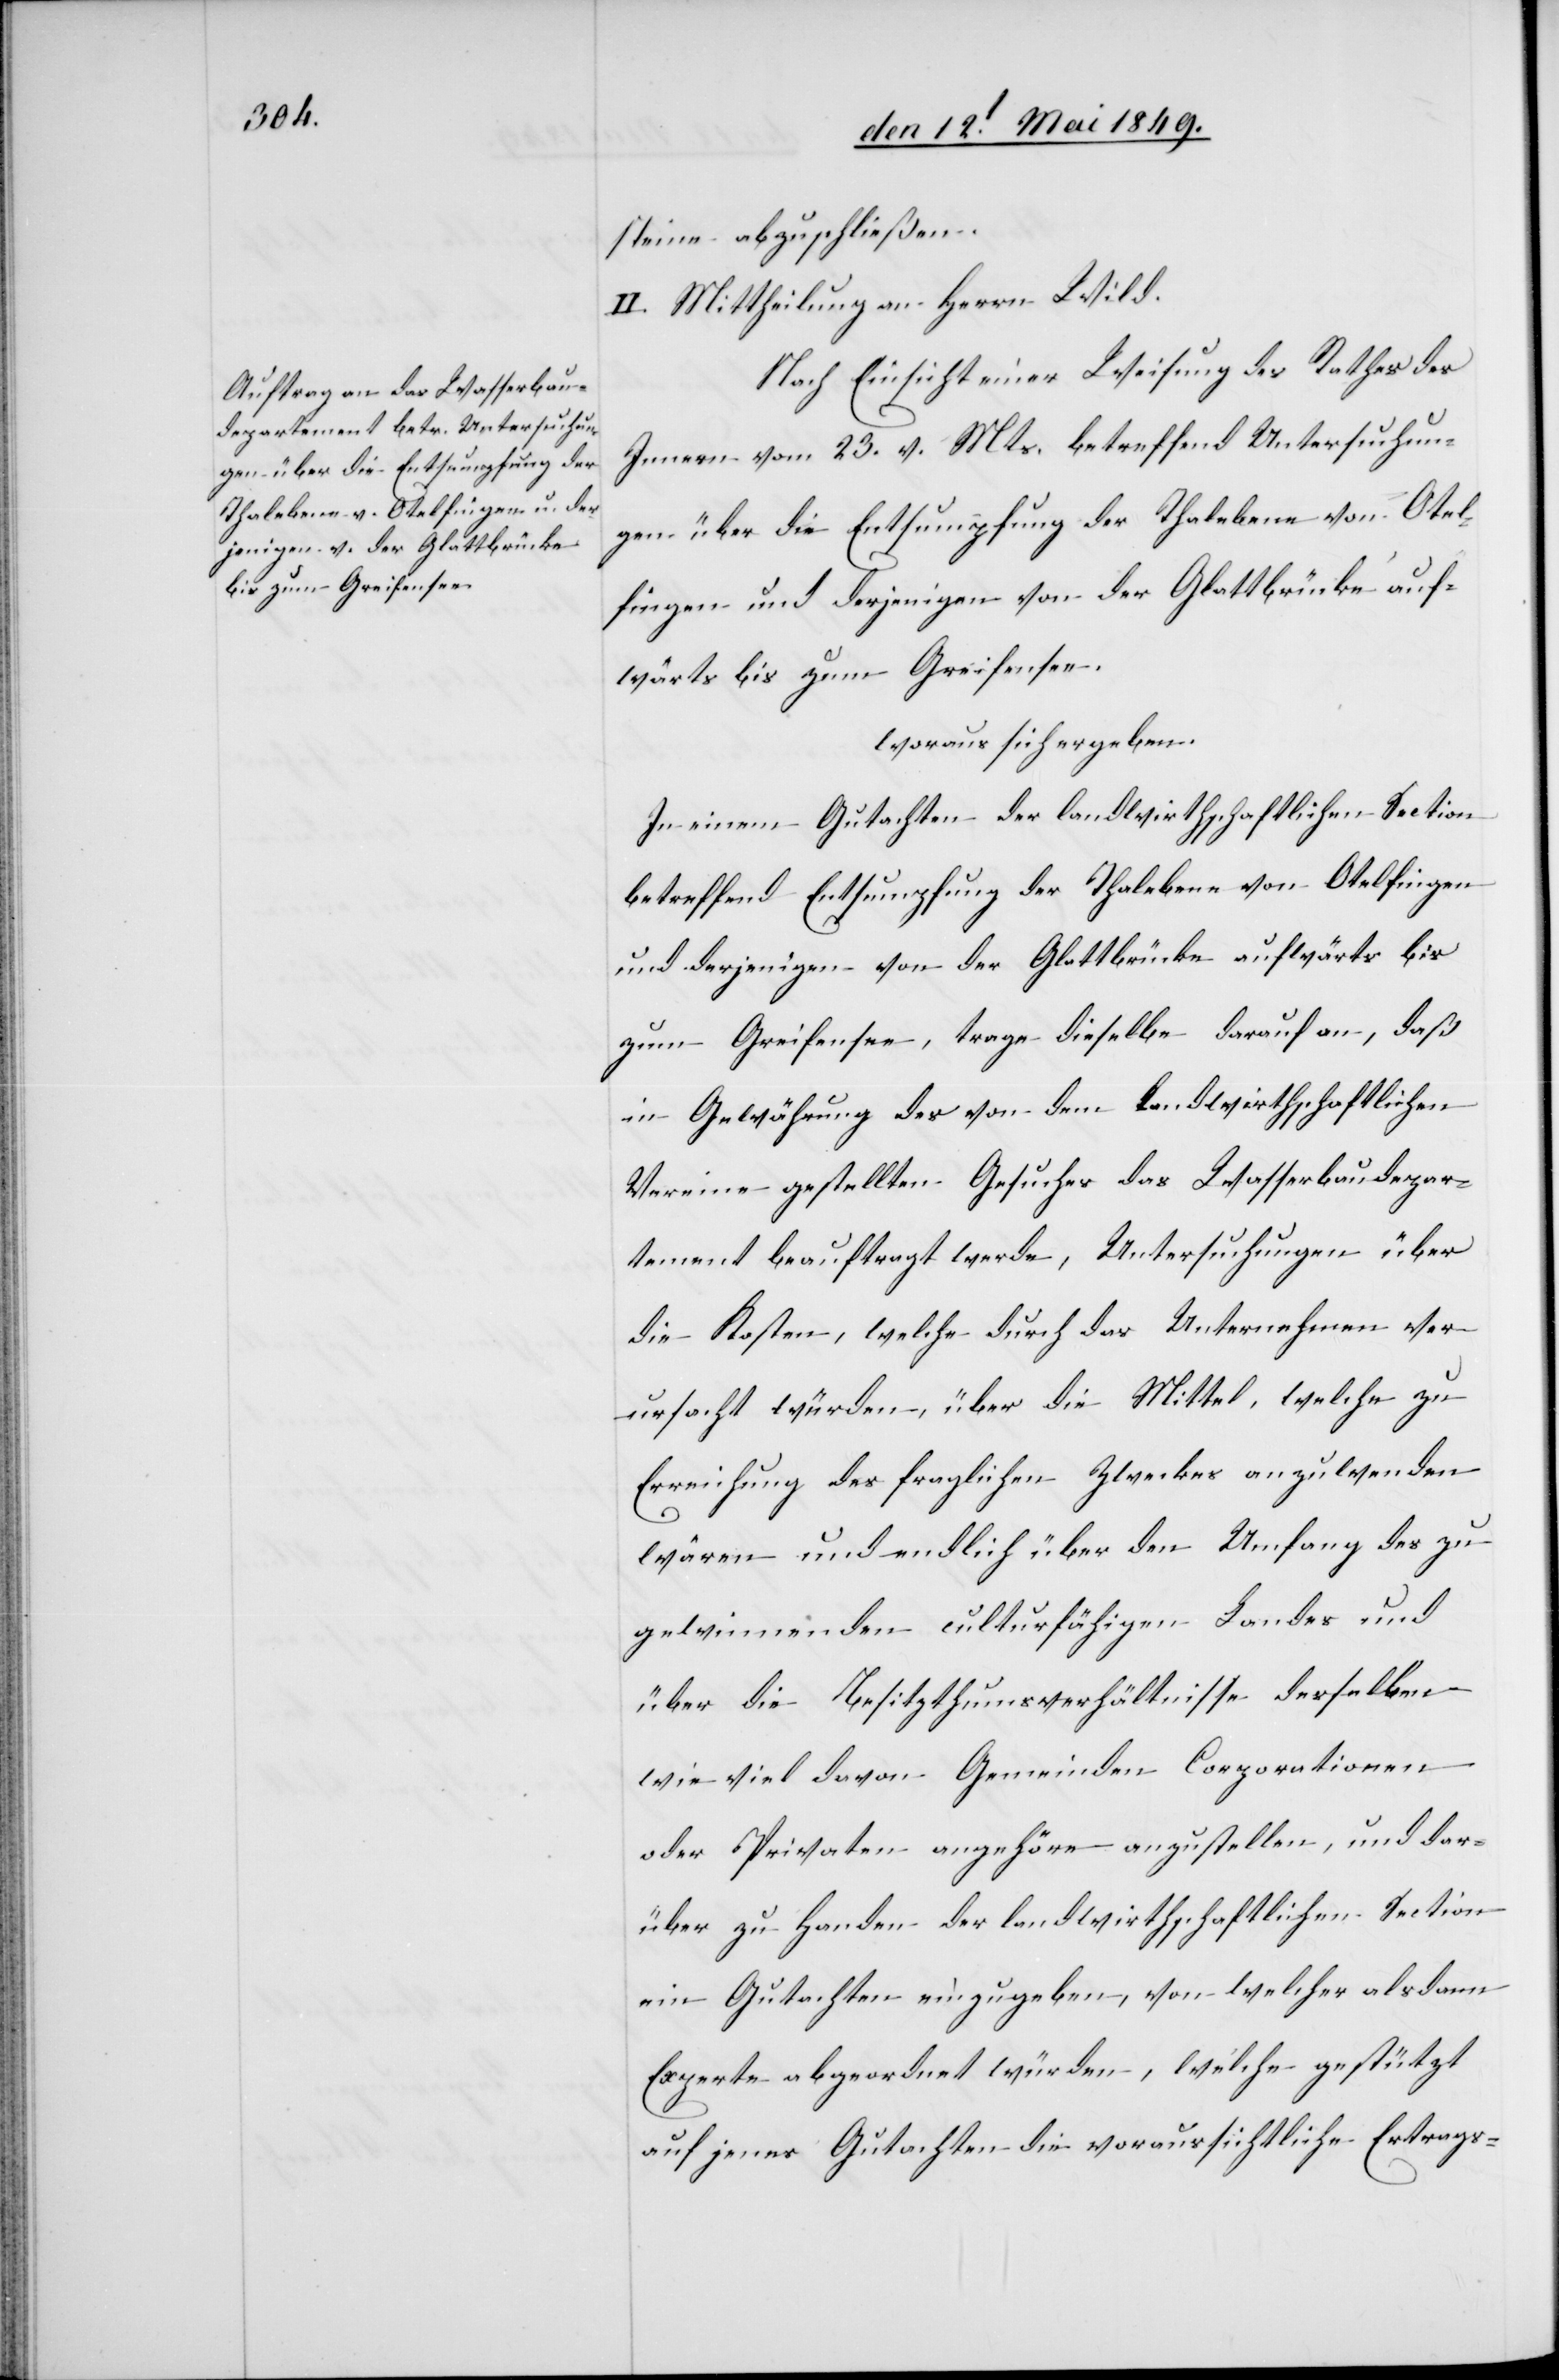
steine abzuschließen.
II. Mittheilung an Herrn Wild.
Nach Einsicht einer Weisung des Rathes des
Innern vom 23. v. Mts. betreffend Untersuchun¬
gen über die Entsumpfung der Thalebene von Otel¬
fingen und derjenigen von der Glattbrücke auf¬
wärts bis zum Greifensee.
woraus sich ergeben.
In einem Gutachten der landwirthschaftlichen Section
betreffend Entsumpfung der Thalebene von Otelfingen
und derjenigen von der Glattbrücke aufwärts bis
zum Greifensee, trage dieselbe darauf an, daß
in Gewährung des von dem landwirthschaftlichen
Vereine gestellten Gesuches das Wasserbaudepar¬
tement beauftragt werde, Untersuchungen über
die Kosten, welche durch das Unternehmen ver¬
ursacht würden, über die Mittel, welche zu
Erreichung des fraglichen Zweckes anzuwenden
wären und endlich über den Umfang des zu
gewinnenden culturfähigen Landes und
über die Besitzthumsverhältnisse desselben
wie viel davon Gemeinden Corporationen
oder Privaten angehöre anzustellen, und dar¬
über zu Handen der landwirthschaftlichen Section
ein Gutachten einzugeben, von welcher alsdann
Experte abgeordnet würden, welche gestützt
auf jenes Gutachten die voraussichtliche Ertrags-